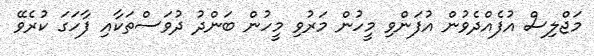
މަޖްލިސް އުފެއްދެވުން އުފަންވި މީހުން މަރުވި މީހުން ބަންދު ދުވަސްތަކާއި ފާހަގަ ކުރެވޭ